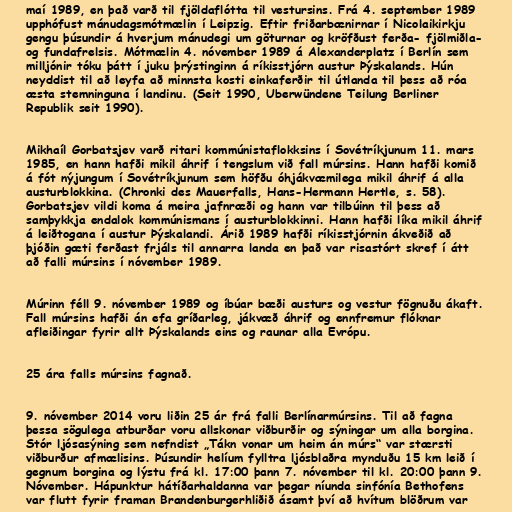
maí 1989, en það varð til fjöldaflótta til vestursins. Frá 4. september 1989
upphófust mánudagsmótmælin í Leipzig. Eftir friðarbænirnar í Nicolaikirkju
gengu þúsundir á hverjum mánudegi um göturnar og kröfðust ferða- fjölmiðla-
og fundafrelsis. Mótmælin 4. nóvember 1989 á Alexanderplatz í Berlín sem
milljónir tóku þátt í juku þrýstinginn á ríkisstjórn austur Þýskalands. Hún
neyddist til að leyfa að minnsta kosti einkaferðir til útlanda til þess að róa
æsta stemninguna í landinu. (Seit 1990, Uberwündene Teilung Berliner
Republik seit 1990).

Mikhaíl Gorbatsjev varð ritari kommúnistaflokksins í Sovétríkjunum 11. mars
1985, en hann hafði mikil áhrif í tengslum við fall múrsins. Hann hafði komið
á fót nýjungum í Sovétríkjunum sem höfðu óhjákvæmilega mikil áhrif á alla
austurblokkina. (Chronki des Mauerfalls, Hans-Hermann Hertle, s. 58).
Gorbatsjev vildi koma á meira jafnræði og hann var tilbúinn til þess að
samþykkja endalok kommúnismans í austurblokkinni. Hann hafði líka mikil áhrif
á leiðtogana í austur Þýskalandi. Árið 1989 hafði ríkisstjórnin ákveðið að
þjóðin gæti ferðast frjáls til annarra landa en það var risastórt skref í átt
að falli múrsins í nóvember 1989.

Múrinn féll 9. nóvember 1989 og íbúar bæði austurs og vestur fögnuðu ákaft.
Fall múrsins hafði án efa gríðarleg, jákvæð áhrif og ennfremur flóknar
afleiðingar fyrir allt Þýskalands eins og raunar alla Evrópu.

25 ára falls múrsins fagnað.

9. nóvember 2014 voru liðin 25 ár frá falli Berlínarmúrsins. Til að fagna
þessa sögulega atburðar voru allskonar viðburðir og sýningar um alla borgina.
Stór ljósasýning sem nefndist „Tákn vonar um heim án múrs“ var stærsti
viðburður afmælisins. Þúsundir helíum fylltra ljósblaðra mynduðu 15 km leið í
gegnum borgina og lýstu frá kl. 17:00 þann 7. nóvember til kl. 20:00 þann 9.
Nóvember. Hápunktur hátíðarhaldanna var þegar níunda sinfónía Bethofens
var flutt fyrir framan Brandenburgerhliðið ásamt því að hvítum blöðrum var